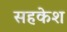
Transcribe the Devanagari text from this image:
सहकेश